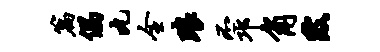
篇偶丸全琅丕邛角陂